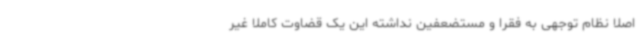
اصلاً نظام توجهی به فقرا و مستضعفین نداشته این یک قضاوت کاملاً غیر